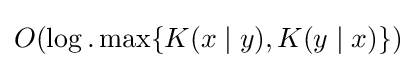
O(\log .\max\{K(x\mid y),K(y\mid x)\})